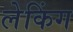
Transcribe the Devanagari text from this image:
लेकिंग